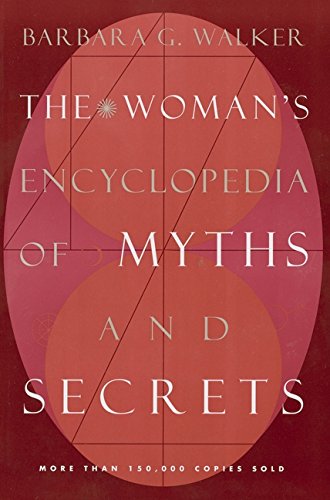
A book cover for The Woman's Encyclopedia of Myths and Secrets; Barbara G. Walker; Literature & Fiction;